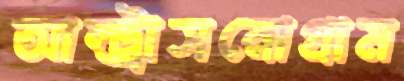
আল্ট্রাসনোগ্রাম